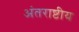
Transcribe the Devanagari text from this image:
अंतराष्टीय